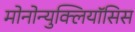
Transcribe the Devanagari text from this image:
मोनोन्युक्लियॉसिस